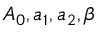
A _ { 0 } , a _ { 1 } , a _ { 2 } , \beta